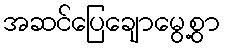
အဆင်ပြေချောမွေ့စွာ